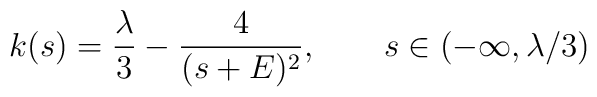
k(s)=\frac{\lambda}3-\frac{4}{(s+E)^2},\qquad s\in (-\infty,\lambda/3)